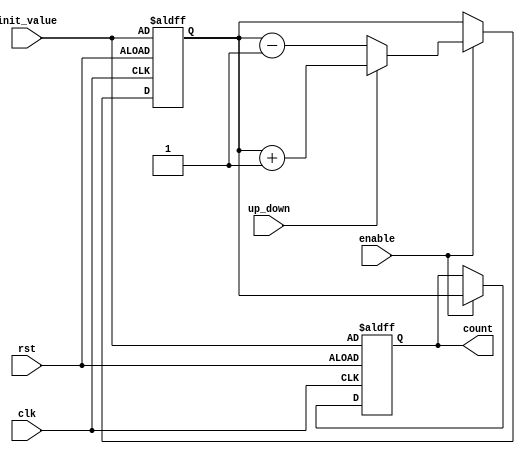
module UpDownCounter (
    input wire clk,
    input wire rst,
    input wire up_down,  // control signal for incrementing or decrementing
    input wire enable,
    input wire [7:0] init_value,  // initial value for counter
    output reg [7:0] count  // output count value
);

reg [7:0] state;

always @(posedge clk or posedge rst) begin
    if (rst) begin
        state <= init_value;
        count <= init_value;
    end else begin
        if (enable) begin
            if (up_down) begin
                // increment
                state <= state + 1;
            end else begin
                // decrement
                state <= state - 1;
            end
            count <= state;
        end
    end
end

endmodule